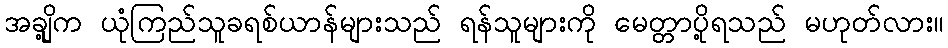
အချို့က ယုံကြည်သူခရစ်ယာန်များသည် ရန်သူများကို မေတ္တာပို့ရသည် မဟုတ်လား။